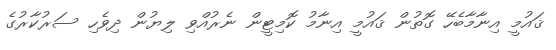
ޤައުމީ އިނާމާބެހޭ ގޮތުން ޤައުމީ އިނާމު ކޮމިޓީން ނެރުއްވި ލިޔުން ދިވެހި ސަރުކާރުގެ